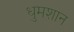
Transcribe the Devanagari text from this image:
धुमशान